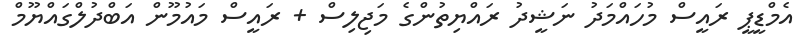
އެމްޑީޕީ ރައީސް މުހައްމަދު ނަޝީދު ރައްޔިތުންގެ މަޖިލިސް + ރައީސް މައުމޫން އަބްދުލްގައްޔޫމް